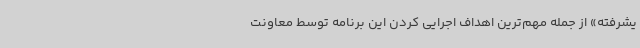
یشرفته» از جمله مهم‌ترین اهداف اجرایی کردن این برنامه توسط معاونت